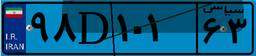
۹۸D۱۰۱۶۳